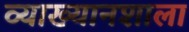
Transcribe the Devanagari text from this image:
व्याख्यानशाला